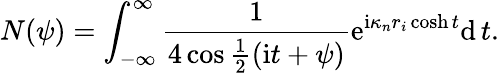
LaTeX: N(\psi)=\int_{-\infty}^{\infty}\frac{1}{4\cos\frac{1}{2}(\mathrm{i}t+\psi)}\mathrm{e}^{\mathrm{i}\kappa_{n}r_{i}\cosh t}\mathrm{d}\, t.